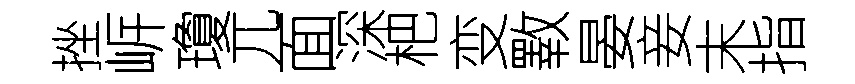
挫㟁瓊兀面深杷变斁晏妾末指